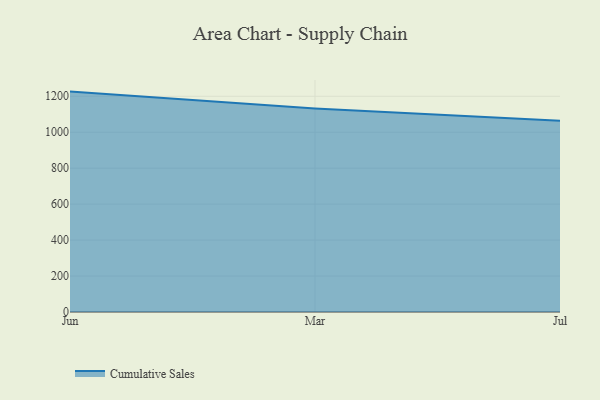
{"axis": {"x": "Month", "y": "Satisfaction Score"}, "legend": ["Cumulative Sales"], "data": [{"x": "Jun", "y": 1226.0, "type": "Cumulative Sales"}, {"x": "Mar", "y": 1131.7, "type": "Cumulative Sales"}, {"x": "Jul", "y": 1063.7, "type": "Cumulative Sales"}]}